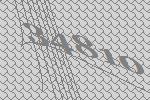
34810